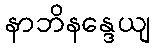
နာဘိနန္ဒေယျ